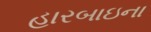
હારબાઇના